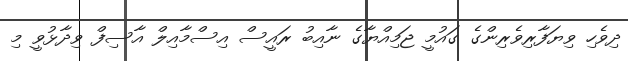
ދިވެހި ވިޔަފާރިވެރިންގެ ގައުމީ ޖަމިއްޔާގެ ނާއިބު ރައީސް އިސްމާއިލް އާސިފް ވިދާޅުވީ މި